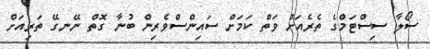
ސޯލާ ސިސްޓަމްގެ ތެރެއަށް ވަތް ކަމަށް ސައިންސްވެރިން ބުނާ ގޮތް ނޭނގޭ ތަރިއަށް